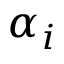
\alpha _ { i }